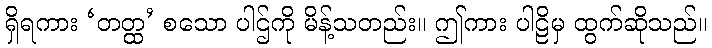
ရှိရကား ‘တတ္ထ’ စသော ပါဌ်ကို မိန့်သတည်း။ ဤကား ပါဠိမှ ထွက်ဆိုသည်။